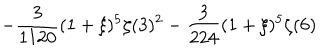
\displaystyle - \frac { 3 } { 1 1 2 0 } ( 1 + \xi ) ^ { 5 } \zeta ( 3 ) ^ { 2 } - \frac { 3 } { 2 2 4 } ( 1 + \xi ) ^ { 5 } \zeta ( 6 )